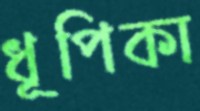
ধূপিকা